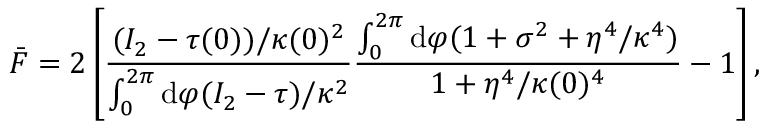
\bar { F } = 2 \left[ \frac { ( I _ { 2 } - \tau ( 0 ) ) / \kappa ( 0 ) ^ { 2 } } { \int _ { 0 } ^ { 2 \pi } \mathrm { d } \varphi ( I _ { 2 } - \tau ) / \kappa ^ { 2 } } \frac { \int _ { 0 } ^ { 2 \pi } \mathrm { d } \varphi ( 1 + \sigma ^ { 2 } + \eta ^ { 4 } / \kappa ^ { 4 } ) } { 1 + \eta ^ { 4 } / \kappa ( 0 ) ^ { 4 } } - 1 \right] ,